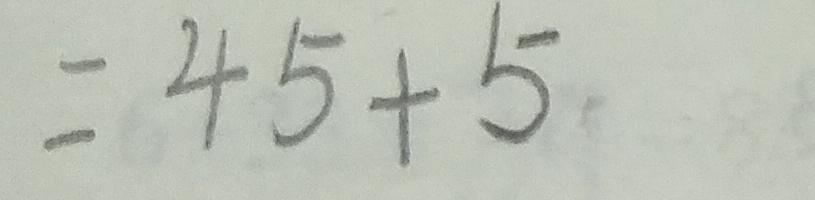
= 4 5 + 5